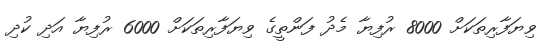
ވިޔަފާރިތަކަށް 8000 ރުފިޔާ މެދު ފަންތީގެ ވިޔަފާރިތަކަށް 6000 ރުފިޔާ އަދި ކުދި